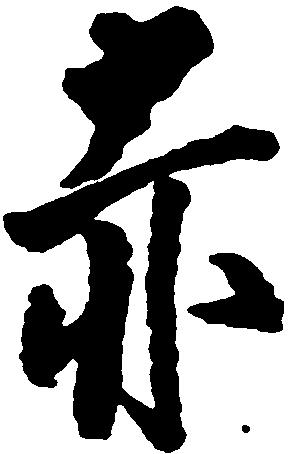
赤